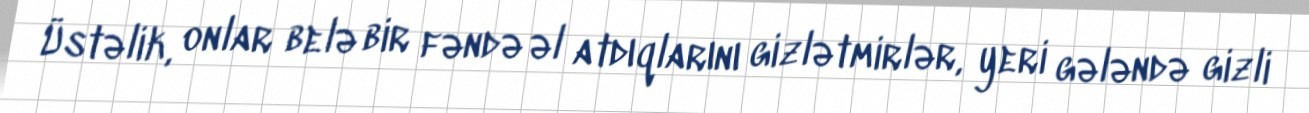
Üstəlik, onlar belə bir fəndə əl atdıqlarını gizlətmirlər, yeri gələndə gizli